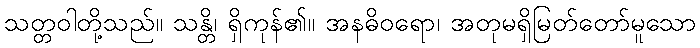
သတ္တဝါတို့သည်။ သန္တိ၊ ရှိကုန်၏။ အနဓိဝရော၊ အတုမရှိမြတ်တော်မူသော